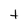
Character: t